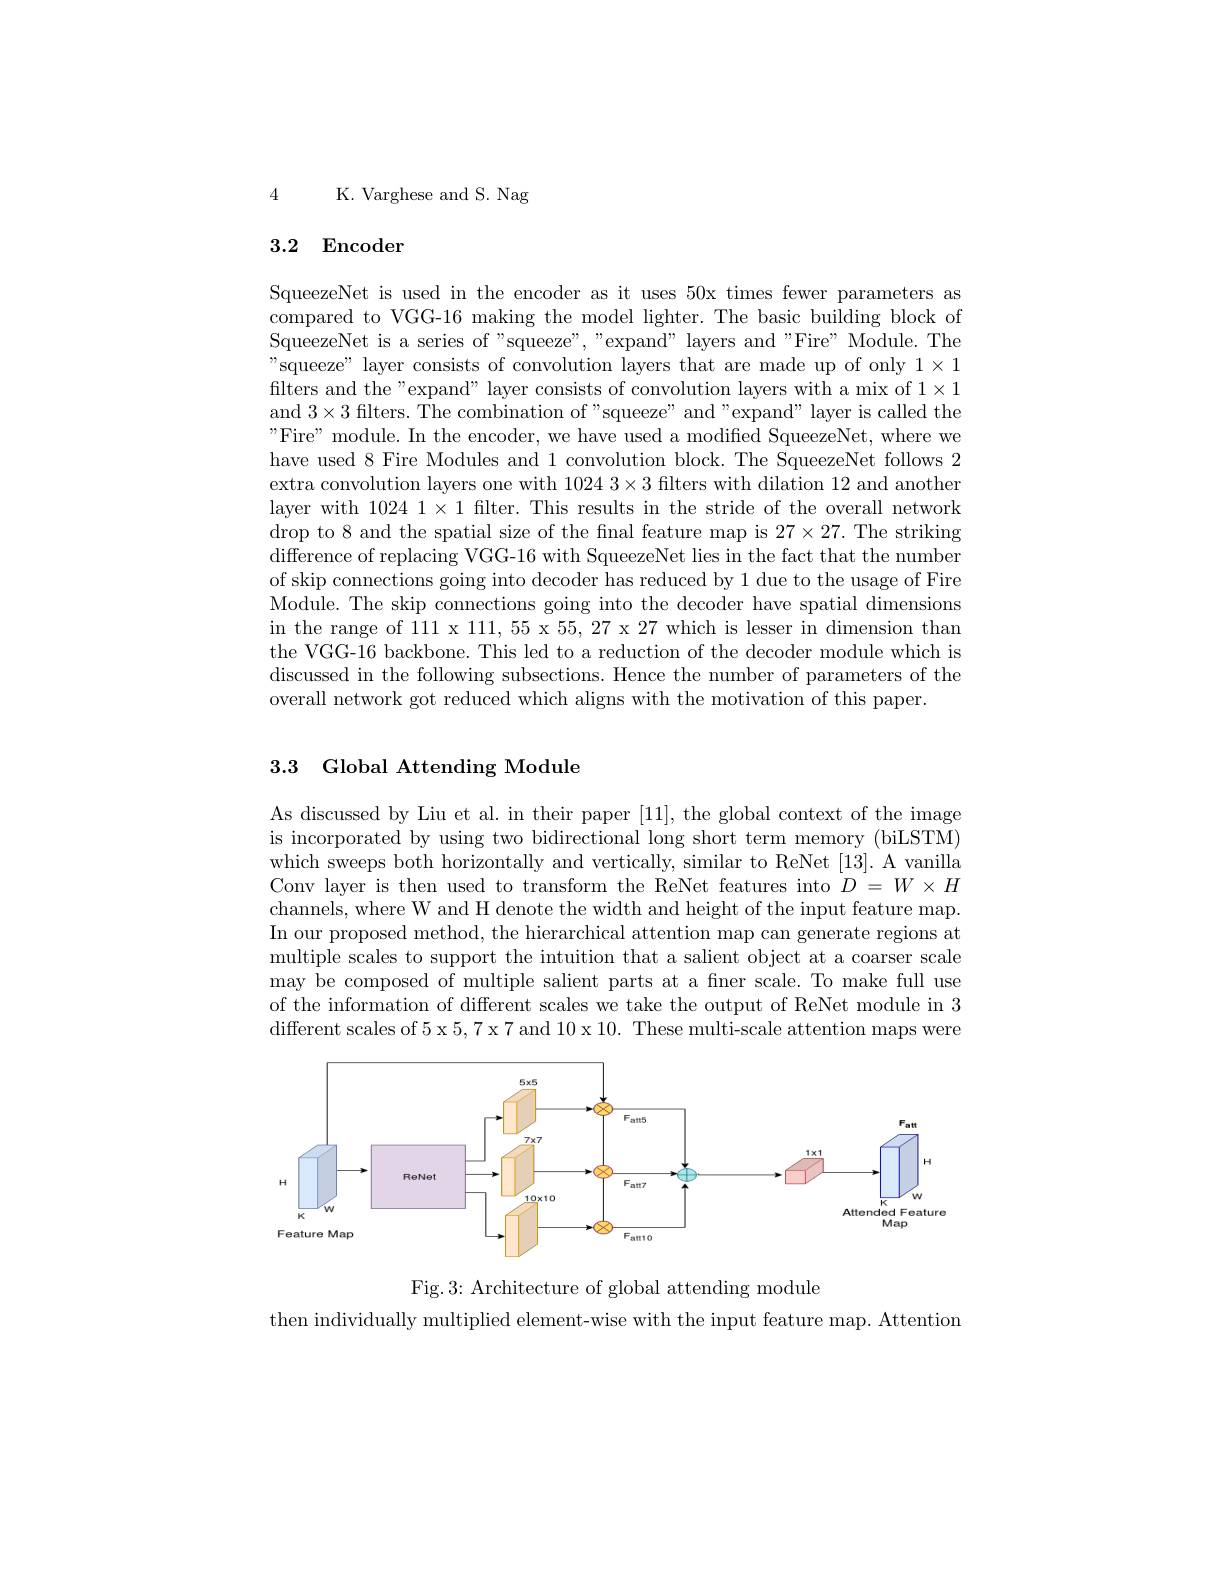
4

K. Varghese and S. Nag

## 3.2 Encoder

SqueezeNet is used in the encoder as it uses 50x times fewer parameters as compared to VGG-16 making the model lighter. The basic building block of SqueezeNet is a series of "squeeze", "expand" layers and"Fire" Module. The "squeeze" layer consists of convolution layers t filters and the"expand" layer consists of convol and $3\times3$ filters. The combination of "squeeze" Fire" module. In the encoder, we have used a modified SqueezeNet, where we have used 8 Fire Modules and 1 convolution block extra convolution layers one with $10243\times3$ filt layer with $10241\times1$ filter. This results in the stride of the overall network drop to 8 and the spatial size of the final feat difference of replacing VGG-16 with SqueezeNet lies in the fact that the number of skip connections going into decoder has reduced by 1 due to the usage of Fire Module. The skip connections going into the decoder have spatial dimensions in the range of 111 x 111, 55 x 55, 27 x 27 which is lesser in dimension than the VGG-16 backbone. This led to a reduction of the decoder module which is discussed in the following subsections. Hence the number of parameters of the overall network got reduced which aligns with the motivation of this paper.

## 3.3 Global Attending Module

As discussed by Liu et al. in their paper [11], the global context of the image is incorporated by using two bidirectional long short term memory (biLSTM) which sweeps both horizontally and vertically, similar to ReNet [13]. A vanilla Conv layer is then used to transform the ReNet features into $D=W\times H$ channels, where W and H denote the width and height of the input feature map. In our proposed method, the hierarchical attention map can generate regions at multiple scales to support the intuition that a salient object at a coarser scale may be composed of multiple salient parts at a fner scale. To make full use of the information of different scales we take the output of ReNet module in 3 different scales of 5 x 5, 7 x 7 and 10 x 10. These multi-scale attention maps were

<FigureHere>

Fig.3: Architecture of global attending module
then individually multiplied element-wise with the input feature map. Attention